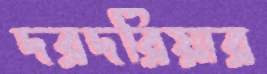
দরদরিয়ার